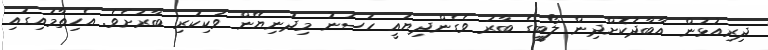
ދިރިއުޅުން އާބާދުކޮށްދިން ލޯބީގެ ބާރު ވެގެންދިޔައީ ހަސަނު މިދުނިޔޭން ވަކިކުރި ބާރަށެވެ. އެހިތާމައިގައި